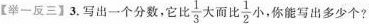
【举-反三】3.写出一个分数，它比 \frac{1}{3} 大而比 \frac{1}{2}小，你能写出多少个?